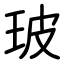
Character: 玻